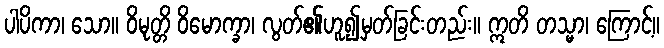
ပါပိကာ၊ သော။ ဝိမုတ္တိ ဝိမောက္ခာ၊ လွတ်၏ဟူ၍မှတ်ခြင်းတည်း။ ဣတိ တသ္မာ၊ ကြောင့်။